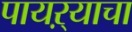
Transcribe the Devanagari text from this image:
पायऱ्याचा